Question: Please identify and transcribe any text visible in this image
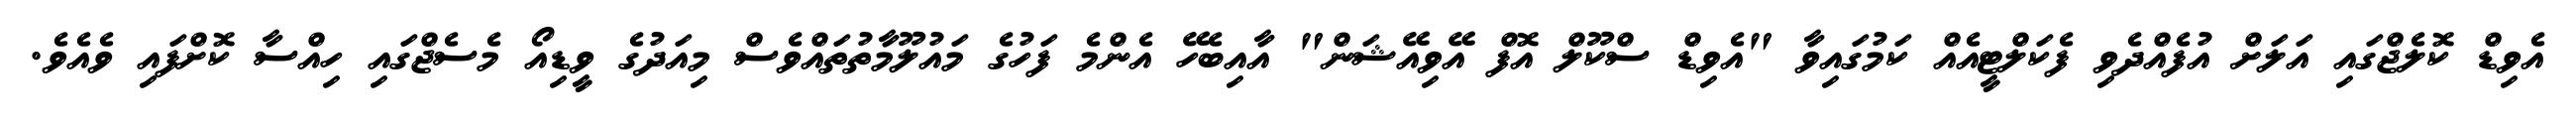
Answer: އެވިޑް ކޮލެޖްގައި އަލަށް އުފެއްދެވި ފެކަލްޓީއެއް ކަމުގައިވާ "އެވިޑް ސްކޫލް އޮފް އޭވިއޭޝަން" އާއިބެހޭ އެންމެ ފަހުގެ މައުލޫމާތުތައްވެސް މިއަދުގެ ވީޑިއޯ މެސެޖްގައި ހިއްސާ ކޮށްފައި ވެއެވެ.